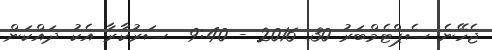
ޖެހޭނެ ސެޕްޓެމްބަރު 30